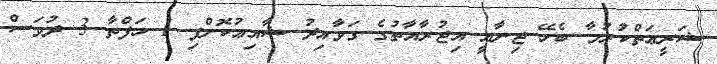
ޝަރީޢަތްކުރުމާ ބެހޭ ޖިނާއީ އިޖުރާއާތުގެ ގަވާއިދު ޝާއިޢުކޮށްފި 1 ހަފްތާ 3 ދުވަސް